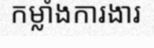
កម្លាំងការងារ